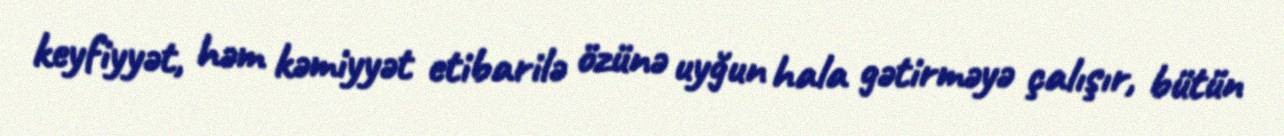
keyfiyyət, həm kəmiyyət etibarilə özünə uyğun hala gətirməyə çalışır, bütün